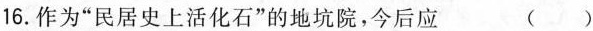
16.作为”民居史上活化石”的地坑院，今后应 ( )